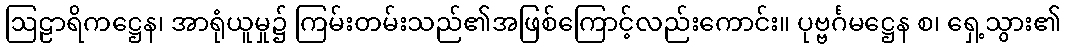
ဩဠာရိကဋ္ဌေန၊ အာရုံယူမှု၌ ကြမ်းတမ်းသည်၏အဖြစ်ကြောင့်လည်းကောင်း။ ပုဗ္ဗင်္ဂမဋ္ဌေန စ၊ ရှေ့သွား၏